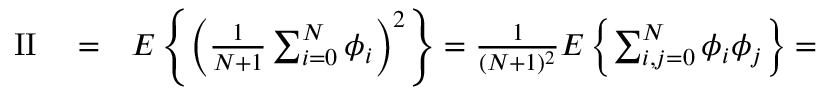
\begin{array} { r l r } { \mathrm { I I } } & { { } = } & { E \left\{ \left( { \frac { 1 } { N + 1 } } \sum _ { i = 0 } ^ { N } \phi _ { i } \right) ^ { 2 } \right\} = { \frac { 1 } { ( N + 1 ) ^ { 2 } } } E \left\{ \sum _ { i , j = 0 } ^ { N } \phi _ { i } \phi _ { j } \right\} = } \end{array}